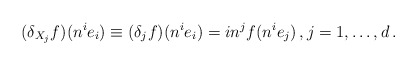
\begin{align*}(\delta_{X_{j}}f)(n^{i}e_{i}) \equiv (\delta_{j}f)(n^{i}e_{i}) = i n^{j}f(n^{i}e_{j}) \, , j = 1, \dots , d \, .\end{align*}